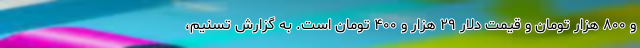
و ۸۰۰ هزار تومان و قیمت دلار ۲۹ هزار و ۴۰۰ تومان است. به گزارش تسنیم،